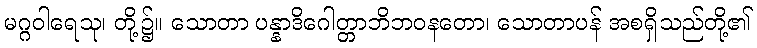
မဂ္ဂဝါရေသု၊ တို့၌။ သောတာ ပန္နာဒိဂေါတ္တာဘိဘဝနတော၊ သောတာပန် အစရှိသည်တို့၏